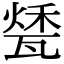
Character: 𤭰